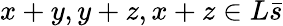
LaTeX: x+y,y+z,x+z\in L{\bar{s}}